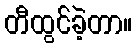
တီထွင်ခဲ့တာ။